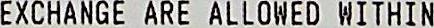
EXCHANGE ARE ALLOWED WITHIN